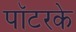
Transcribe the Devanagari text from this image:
पॉटरके